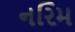
નરિમ